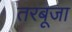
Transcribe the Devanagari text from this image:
तरबूजा